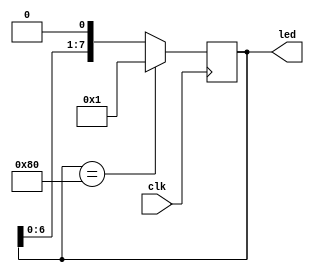
`timescale 1ns / 1ps
//////////////////////////////////////////////////////////////////////////////////
// Company: 
// Engineer: 
// 
// Design Name: 
// Module Name: led_flow
// Project Name: 
// Target Devices: 
// Tool Versions: 
// Description: 
// 
// Dependencies: 
// 
// Revision:
// Revision 0.01 - File Created
// Additional Comments:
// 
//////////////////////////////////////////////////////////////////////////////////


module ledwater(led,clk); //ledwater

    output[7:0] led; //LED
    input clk; //
    reg[7:0] led_r; //
    
    always @(posedge clk) //
    begin
        led_r <= led_r << 1; //
        if(led_r == 8'b10000000) //
            led_r <= 8'b00000001; //
    end
    
    assign led = led_r[7:0]; //
    
    initial 
    begin
        led_r=8'b00000001;
    end
endmodule
//module ledwater(led,clk); //ledwater
//output[7:0] led; //LED
//input clk; //
//reg[8:0] led_r; //

//always @(posedge clk) //
//begin
//led_r <= led_r << 1; //
//if(led_r == 9'd0) //
//led_r <= 9'b111111111; //
//end

//assign led = led_r[7:0]; //
//initial begin
//led_r <= 9'b111111111;
//end
//endmodule